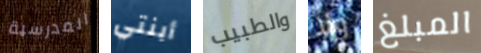
المدرسية أبنتي والطبيب ولا المبلغ